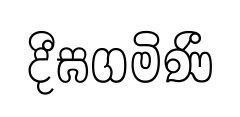
දීඝගමිණී